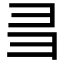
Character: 𢑑